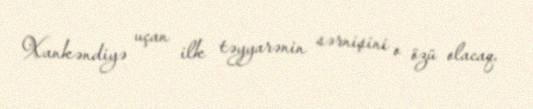
Xankəndiyə uçan ilk təyyarənin sərnişini o özü olacaq.